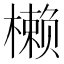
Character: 𰘳